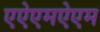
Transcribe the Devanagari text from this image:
एऐएमऐएम